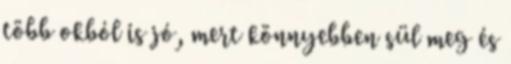
több okból is jó, mert könnyebben sül meg és